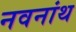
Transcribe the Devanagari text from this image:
नवनांथ